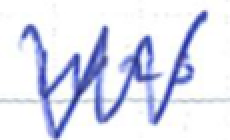
Text: was
Cross-out: zig-zag
Writing tool: ballpoint